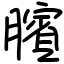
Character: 臏